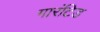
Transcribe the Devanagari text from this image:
गारंटिड